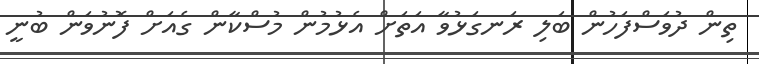
ތިން ދުވަސްފަހުން ބަލި ރަނގަޅުވާ އަތަށް އެޅުމުން މުސްކާން ގެއަށް ފޮނުވަން ބުނީ